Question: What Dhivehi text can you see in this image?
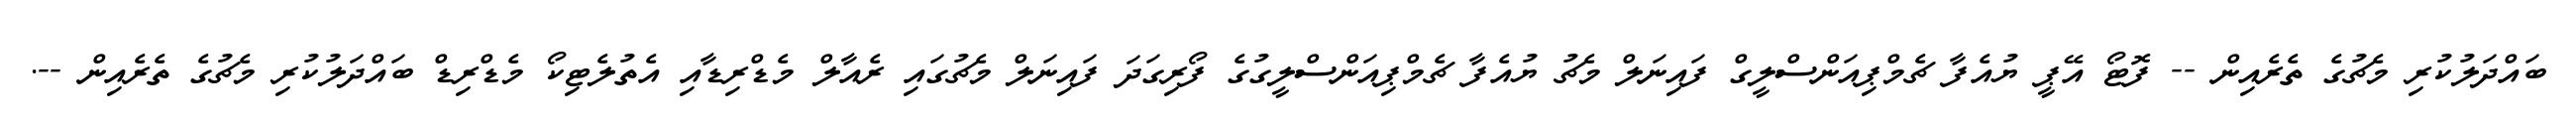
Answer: ބައްދަލުކުރި މެޗުގެ ތެރެއިން -- ފޮޓޯ އޭޕީ ޔުއެފާ ޗެމްޕިއަންސްލީގް ފައިނަލް މެޗު ޔުއެފާ ޗެމްޕިއަންސްލީގުގެ ފޯރިގަދަ ފައިނަލް މެޗުގައި ރެއާލް މެޑްރިޑާއި އެތުލެޓިކޯ މެޑްރިޑް ބައްދަލުކުރި މެޗުގެ ތެރެއިން --.